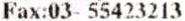
FAX:03- 55423213